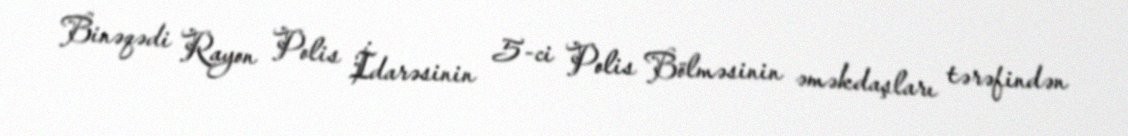
Binəqədi Rayon Polis İdarəsinin 5-ci Polis Bölməsinin əməkdaşları tərəfindən